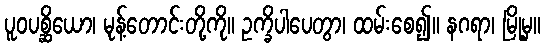
ပူဝပစ္ဆိယော၊ မုန့်တောင်းတို့ကို။ ဥက္ခိပါပေတွာ၊ ထမ်းစေ၍။ နဂရာ၊ မြို့မှ။